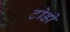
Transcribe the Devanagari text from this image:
टोडो